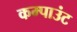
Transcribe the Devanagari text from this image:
कम्पाउंट